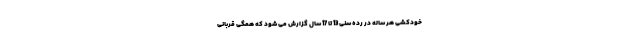
خودکشی هر ساله در رده سنی 13 تا 17 سال گزارش می شود که همگی قربانی